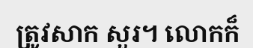
ត្រូវសាក សួរ។ លោកក៏